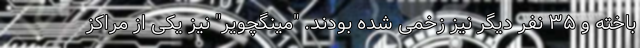
باخته و ۳۵ نفر دیگر نیز زخمی شده بودند. "مینگچویر" نیز یکی از مراکز